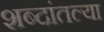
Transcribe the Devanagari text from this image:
शब्दांतल्या